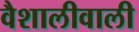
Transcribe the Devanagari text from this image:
वैशालीवाली